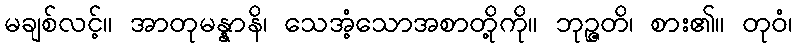
မချစ်လင့်။ အာတုမန္နာနိ၊ သေအံ့သောအစာတို့ကို။ ဘုဉ္ဇတိ၊ စား၏။ တုဝံ၊